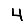
Digit: 4